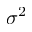
\sigma ^ { 2 }